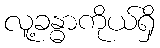
လူ့ခန္ဓာကိုယ်ရှိ